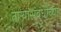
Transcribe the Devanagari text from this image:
तार्‍यांसंबंधीच्या